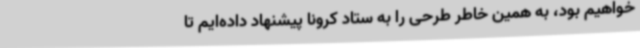
خواهیم بود، به همین خاطر طرحی را به ستاد کرونا پیشنهاد داده‌ایم تا